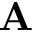
\mathbf { A }